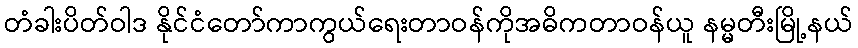
တံခါးပိတ်ဝါဒ နိုင်ငံတော်ကာကွယ်ရေးတာဝန်ကိုအဓိကတာဝန်ယူ နမ္မတီးမြို့နယ်